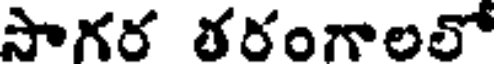
సాగర తరంగాలలో